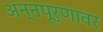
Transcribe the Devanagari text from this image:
अन्नपूर्णावर